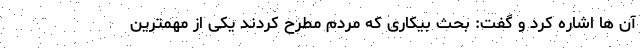
آن ها اشاره کرد و گفت: بحث بیکاری که مردم مطرح کردند یکی از مهمترین